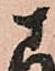
さ